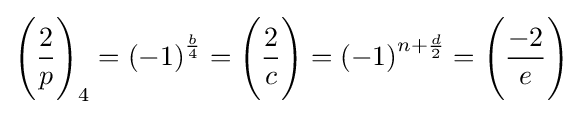
{\Bigg (}{\frac {2}{p}}{\Bigg )}_{4}=\left(-1\right)^{\frac {b}{4}}={\Bigg (}{\frac {2}{c}}{\Bigg )}=\left(-1\right)^{n+{\frac {d}{2}}}={\Bigg (}{\frac {-2}{e}}{\Bigg )}